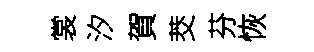
裳汐賀茭芬恢